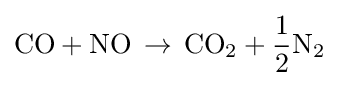
{\text{CO}}+{\text{NO}}\,\rightarrow \,{\text{CO}}_{2}+{\frac {1}{2}}{\text{N}}_{2}